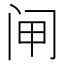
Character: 闸